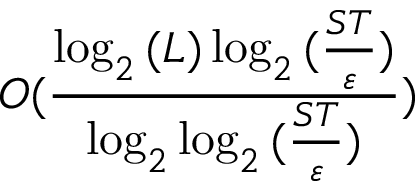
O ( \frac { \log _ { 2 } { ( L ) } \log _ { 2 } { ( \frac { S T } { \varepsilon } ) } } { \log _ { 2 } { \log _ { 2 } { ( \frac { S T } { \varepsilon } ) } } } )